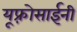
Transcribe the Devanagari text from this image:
यूफ़्रोसाईनी